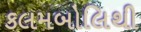
કલમબોલિથી